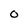
Character: 0